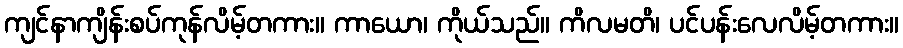
ကျင်နာကျိန်းစပ်ကုန်လိမ့်တကား။ ကာယော၊ ကိုယ်သည်။ ကိလမတိ၊ ပင်ပန်းလေလိမ့်တကား။